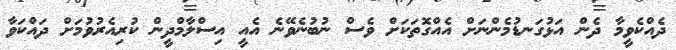
ދެއްކެވީމާ ދެން އަޅުގަނޑުމެންނަށް އެއްގޮތަކަށް ވެސް ނުބުނެވޭނެ އެއީ އިސްލާމްދީން ކުރިއެރުވުމަށް ދައްކަވާ